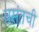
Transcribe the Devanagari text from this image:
वसंतची